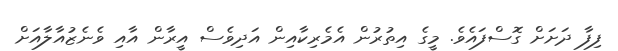
ފިފާ ދަށަށް ގޮސްފައެވެ. މީގެ އިތުރުން އެމެރިކާއިން އަދިވެސް އީރާން އާއި ވެނެޒުއާލާއަށް